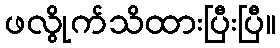
ဖလွိုက်သိထားပြီးပြီ။